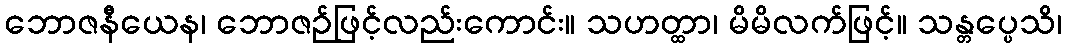
ဘောဇနီယေန၊ ဘောဇဉ်ဖြင့်လည်းကောင်း။ သဟတ္ထာ၊ မိမိလက်ဖြင့်။ သန္တပ္ပေသိ၊